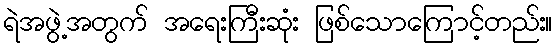
ရဲအဖွဲ့အတွက် အရေးကြီးဆုံး ဖြစ်သောကြောင့်တည်း။